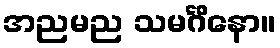
အညမည သမင်္ဂိနော။